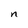
Character: n